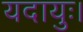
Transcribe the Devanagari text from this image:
यदायुः।